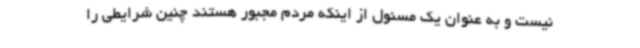
نیست و به عنوان یک مسئول از اینکه مردم مجبور هستند چنین شرایطی را